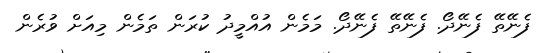
ފެނޭތޭ ފެނޭދޯ. ފެނޭތޭ ފެނޭދޯ. މަމެން އުއްމީދު ކުރަން ތަމެން މިއަށް ވުރެން